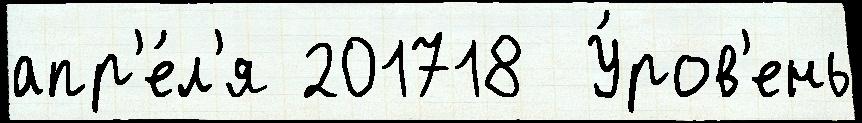
апр'е́л'я 201718  У́ров'ень